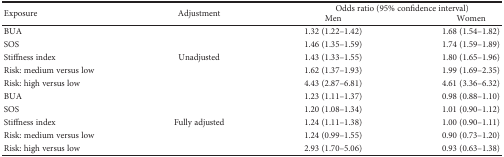
| <ROWSPAN=2> Exposure | <ROWSPAN=2> Adjustment | <COLSPAN=2> Odds ratio (95% confidence interval) |
 | Men | Women |
 | --- | --- | --- | --- |
 | BUA | <ROWSPAN=5> Unadjusted | 1.32 (1.22–1.42) | 1.68 (1.54–1.82) |
 | SOS | 1.46 (1.35–1.59) | 1.74 (1.59–1.89) |
 | Stiffness index | 1.43 (1.33–1.55) | 1.80 (1.65–1.96) |
 | Risk: medium versus low | 1.62 (1.37–1.93) | 1.99 (1.69–2.35) |
 | Risk: high versus low | 4.43 (2.87–6.81) | 4.61 (3.36–6.32) |
 | BUA | <ROWSPAN=5> Fully adjusted | 1.23 (1.11–1.37) | 0.98 (0.88–1.10) |
 | SOS | 1.20 (1.08–1.34) | 1.01 (0.90–1.12) |
 | Stiffness index | 1.24 (1.11–1.38) | 1.00 (0.90–1.11) |
 | Risk: medium versus low | 1.24 (0.99–1.55) | 0.90 (0.73–1.20) |
 | Risk: high versus low | 2.93 (1.70–5.06) | 0.93 (0.63–1.38) |